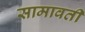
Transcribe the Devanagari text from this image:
सामावती